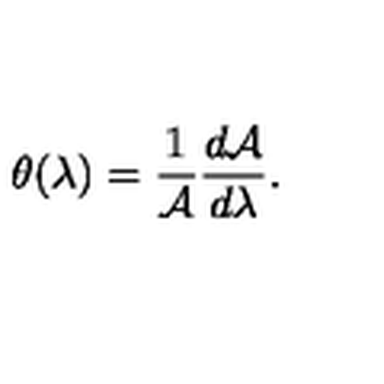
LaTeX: \theta ( \lambda ) = { \frac { 1 } { \cal A } } { \frac { d { \cal A } } { d \lambda } } .